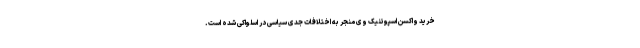
خرید واکسن اسپوتنیک وی منجر به اختلافات جدی سیاسی در اسلواکی شده است.